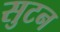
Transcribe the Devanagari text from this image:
सुटन